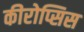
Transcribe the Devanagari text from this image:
कीरोप्सिस